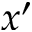
x ^ { \prime }